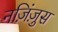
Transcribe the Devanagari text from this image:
नज़िंज़ुस